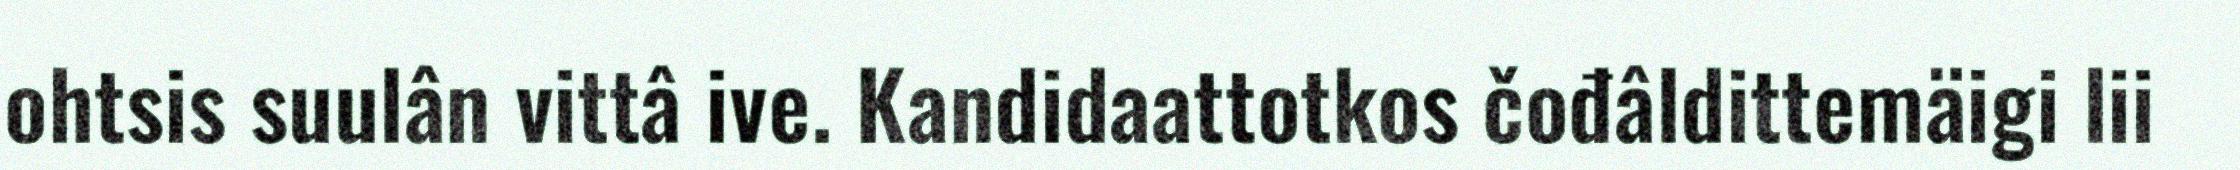
ohtsis suulân vittâ ive. Kandidaattotkos čođâldittemäigi lii